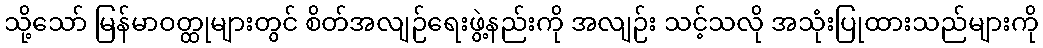
သို့သော် မြန်မာဝတ္ထုများတွင် စိတ်အလျဉ်ရေးဖွဲ့နည်းကို အလျဉ်း သင့်သလို အသုံးပြုထားသည်များကို